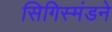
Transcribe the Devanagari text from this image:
सिगिस्मंडने